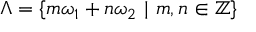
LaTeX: \Lambda = \{ m \omega _ { 1 } + n \omega _ { 2 } \, \, | \, \, m , n \in \mathbb { Z } \}